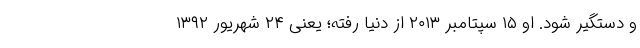
و دستگیر شود. او ۱۵ سپتامبر ۲۰۱۳ از دنیا رفته؛ یعنی ۲۴ شهریور ۱۳۹۲